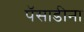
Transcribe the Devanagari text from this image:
पॅसाडीना